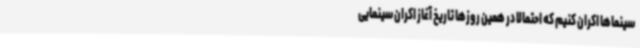
سینماها اکران کنیم که احتمالا در همین روزها تاریخ آغاز اکران سینمایی